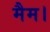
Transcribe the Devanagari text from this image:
मैम।